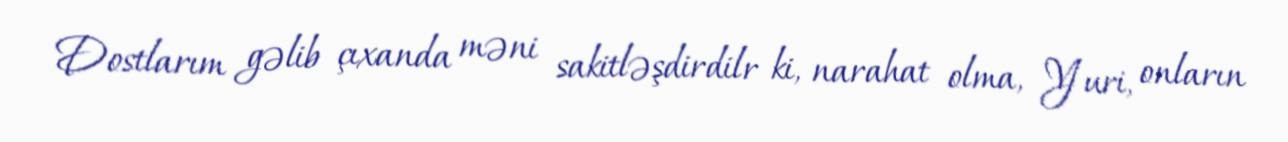
Dostlarım gəlib çıxanda məni sakitləşdirdilr ki, narahat olma, Yuri, onların